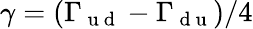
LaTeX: \gamma=\left(\Gamma_{\mathrm{~u~d~}}-\Gamma_{\mathrm{~d~u~}}\right)/4